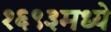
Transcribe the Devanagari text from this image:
१६९३मध्ये